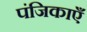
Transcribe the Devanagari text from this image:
पंजिकाएँ